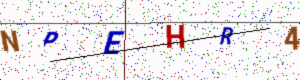
Text: NPEHR4